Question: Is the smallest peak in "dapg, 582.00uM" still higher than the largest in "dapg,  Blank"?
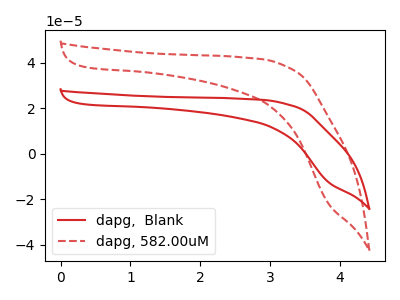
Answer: <think>The red curve "dapg,  Blank" has no peaks. The red dashed curve "dapg, 582.00uM" has no peaks.</think>
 <answer>Niether CV has any peaks.</answer>
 <eval>blanks</eval>